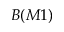
B ( M 1 )